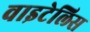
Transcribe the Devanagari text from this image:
वाइटेलिस